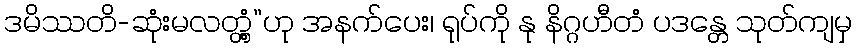
ဒမိဿတိ-ဆုံးမလတ္တံ့”ဟု အနက်ပေး၊ ရုပ်ကို နု နိဂ္ဂဟီတံ ပဒန္တေ သုတ်ကျမှ